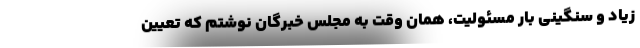
زیاد و سنگینی بار مسئولیت، همان وقت به مجلس خبرگان نوشتم که تعیین